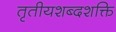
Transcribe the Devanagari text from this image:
तृतीयशब्दशक्ति